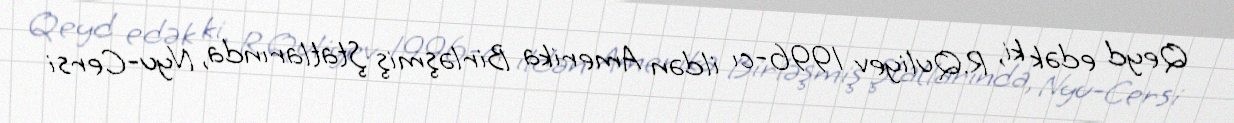
Qeyd edək ki, R.Quliyev 1996-cı ildən Amerika Birləşmiş Ştatlarında, Nyu-Cersi